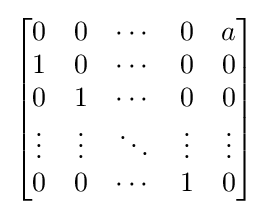
{\begin{bmatrix}0&0&\cdots &0&a\\1&0&\cdots &0&0\\0&1&\cdots &0&0\\\vdots &\vdots &\ddots &\vdots &\vdots \\0&0&\cdots &1&0\end{bmatrix}}